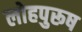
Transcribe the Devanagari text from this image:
लोहपुरूष